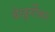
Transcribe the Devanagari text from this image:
बेळूर्गीकर